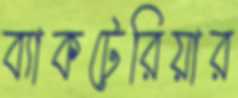
ব্যাকটেরিয়ার